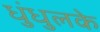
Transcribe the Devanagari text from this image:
धुंधुलके